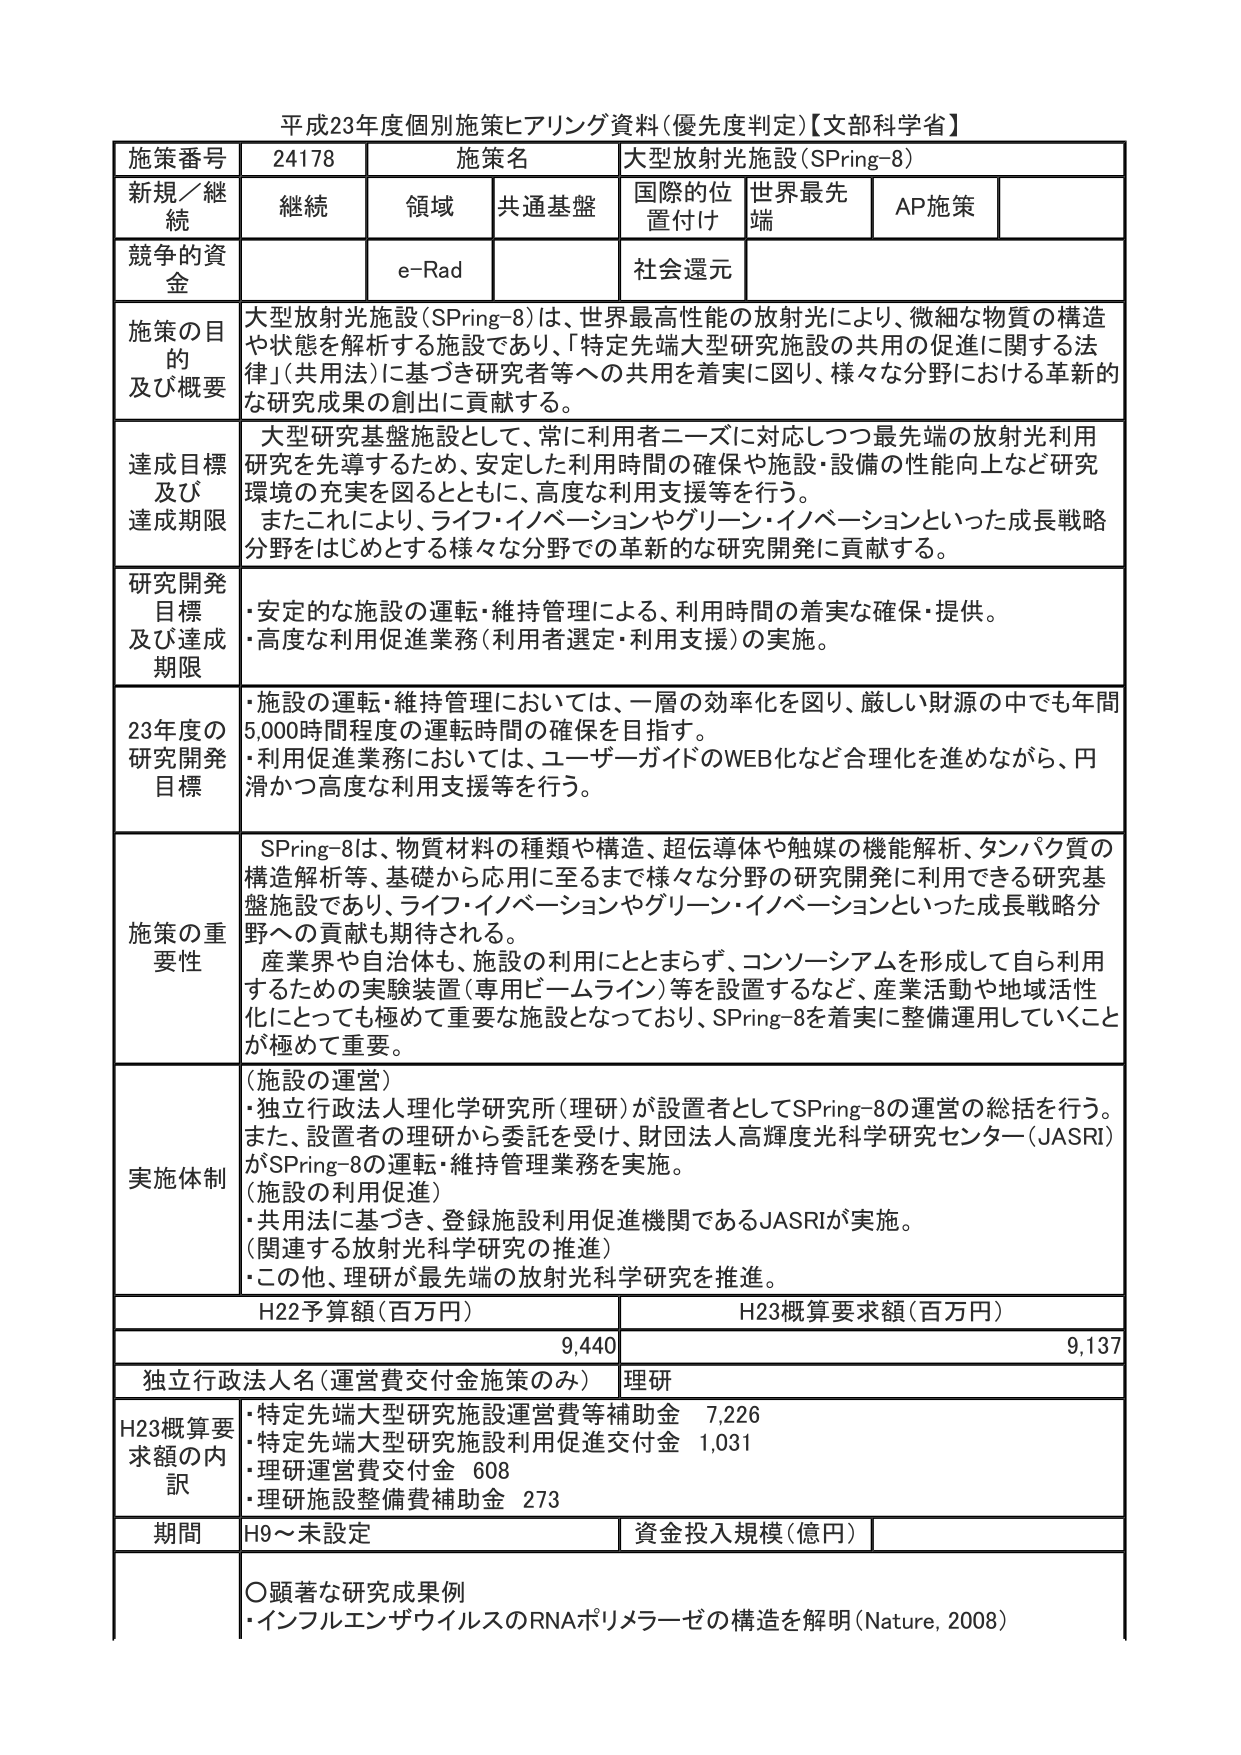
平成23年度個別施策ヒアリング資料(優先度判定)【文科科学省】

施策番号 24178 施策名 大型放射光施設(SPring-8)
新規／継続 継続 領域 共通基盤 国際的位置付け 世界最先端 AP施策
競争的資金 e-Rad 社会還元

施策の目的及び概要
大型放射光施設(SPring-8)は、世界最高性能の放射光により、微細な物質の構造や状態を解析する施設であり、「特定先端大型研究施設の共用の促進に関する法律」(共用法)に基づき研究者等への共用を着実に図り、様々な分野における革新的な研究成果の創出に貢献する。

達成目標及び達成期限
大型研究基盤施設として、常に利用者ニーズに対応しつつ最先端の放射光利用研究を先導するため、安定した利用時間の確保や施設・設備の性能向上など研究環境の充実を図るとともに、高度な利用支援等を行う。
またこれにより、ライフ・イノベーションやグリーン・イノベーションといった成長戦略分野をはじめとする様々な分野での革新的な研究開発に貢献する。

研究開発目標及び達成期限
・安定的な施設の運転・維持管理による、利用時間の着実な確保・提供。
・高度な利用促進業務(利用者選定・利用支援)の実施。

23年度の研究開発目標
・施設の運転・維持管理においては、一層の効率化を図り、厳しい財源の中でも年間5,000時間程度の運転時間の確保を目指す。
・利用促進業務においては、ユーザーガイドのWEB化など合理化を進めながら、円滑かつ高度な利用支援等を行う。

施策の重要性
SPring-8は、物質材料の種類や構造、超伝導体や触媒の機能解析、タンパク質の構造解析等、基礎から応用に至るまで様々な分野の研究開発に利用できる研究基盤施設であり、ライフ・イノベーションやグリーン・イノベーションといった成長戦略分野への貢献も期待される。
産業界や自治体も、施設の利用にとどまらず、コンソーシアムを形成して自ら利用するための実験装置(専用ビームライン)等を設置するなど、産業活動や地域活性化にとっても極めて重要な施設となっており、SPring-8を着実に整備運用していくことが極めて重要。

実施体制
(施設の運営)
・独立行政法人理化学研究所(理研)が設置者としてSPring-8の運営の総括を行う。
また、設置者の理研から委託を受け、財団法人高輝度光科学研究センター(JASRI)がSPring-8の運転・維持管理業務を実施。
(施設の利用促進)
・共用法に基づき、登録施設利用促進機関であるJASRIが実施。
(関連する放射光科学研究の推進)
・この他、理研が最先端の放射光科学研究を推進。

H22予算額(百万円) H23概算要求額(百万円)
9,440 9,137

独立行政法人名(運営費交付金施策のみ) 理研

H23概算要求額の内訳
・特定先端大型研究施設運営費等補助金 7,226
・特定先端大型研究施設利用促進交付金 1,031
・理研運営費交付金 608
・理研施設整備費補助金 273

期間 H9～未設定 資金投入規模(億円)

○顕著な研究成果例
・インフルエンザウイルスのRNAポリメラーゼの構造を解明(Nature, 2008)